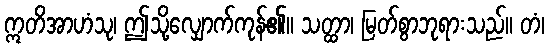
ဣတိအာဟံသု၊ ဤသို့လျှောက်ကုန်၏။ သတ္ထာ၊ မြတ်စွာဘုရားသည်။ တံ၊